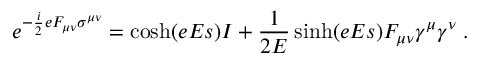
e ^ { - \frac { i } 2 e F _ { \mu \nu } \sigma ^ { \mu \nu } } = \cosh ( e E s ) I + { \frac { 1 } { 2 E } } \sinh ( e E s ) F _ { \mu \nu } \gamma ^ { \mu } \gamma ^ { \nu } \; .